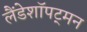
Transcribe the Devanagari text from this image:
लैंडेशॉपट्मन